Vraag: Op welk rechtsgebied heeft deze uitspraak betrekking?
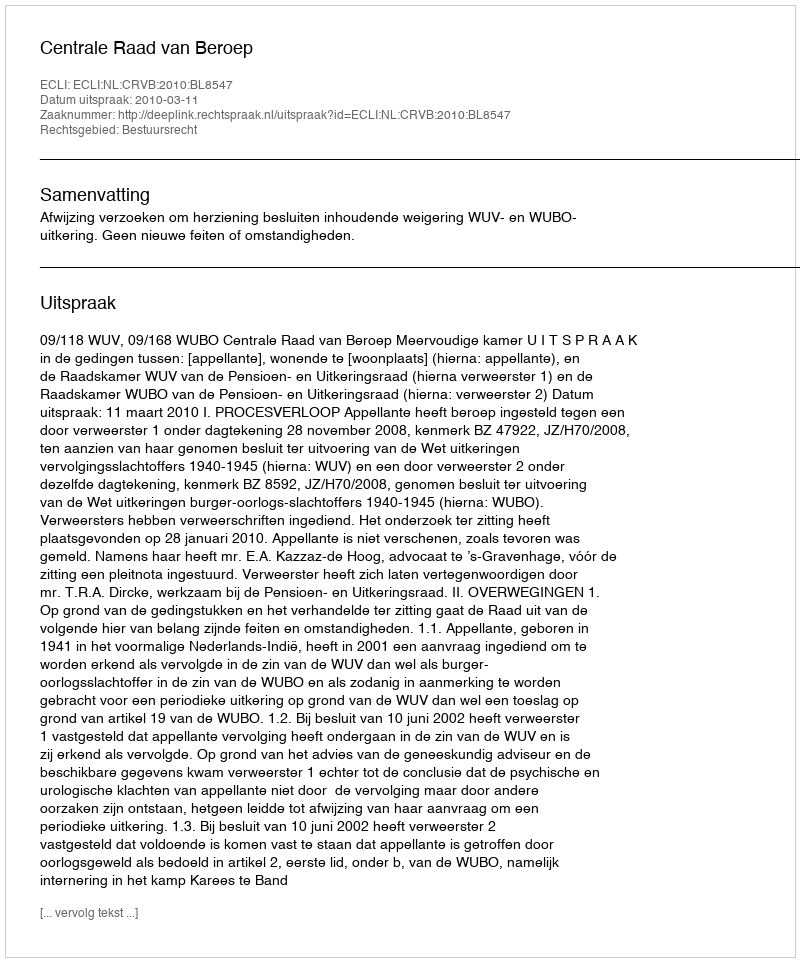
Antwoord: Bestuursrecht